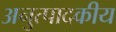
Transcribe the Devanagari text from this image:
अनुत्पादकीय